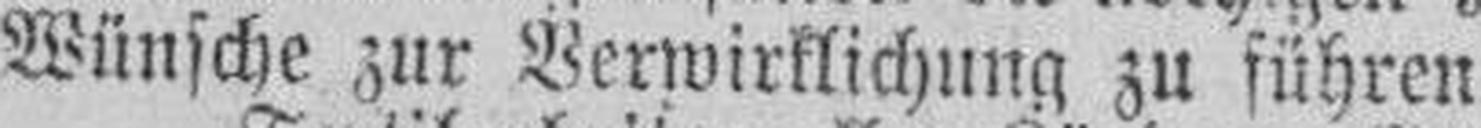
Wünsche zur Verwirklichung zu führen!